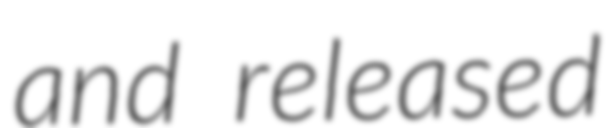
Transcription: and released